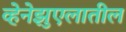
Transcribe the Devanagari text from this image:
व्हेनेझुएलातील